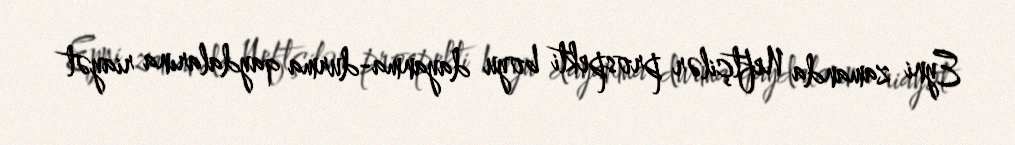
Eyni zamanda Neftçilər prospekti boyu dayanma-durma qaydalarına riayət